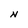
Character: N